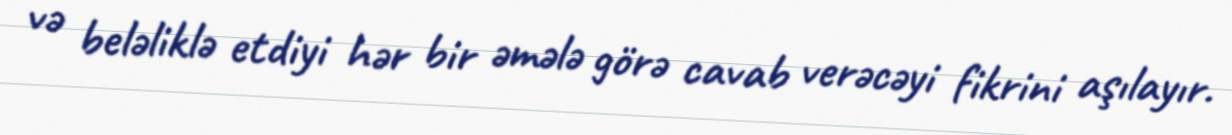
və beləliklə etdiyi hər bir əmələ görə cavab verəcəyi fikrini aşılayır.